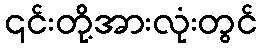
၎င်းတို့အားလုံးတွင်